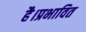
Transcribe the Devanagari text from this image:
है।प्रभावित